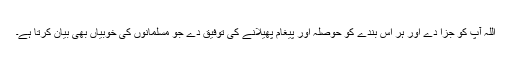
اللہ آپ کو جزا دے اور ہر اس بندے کو حوصلہ اور پیغام پھیلانے کی توفیق دے جو مسلمانوں کی خوبیاں بھی بیان کرتا ہے۔